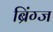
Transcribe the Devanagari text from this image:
ब्रिंग्ज